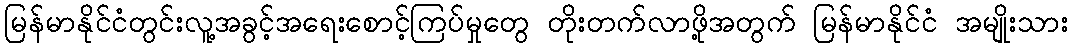
မြန်မာနိုင်ငံတွင်းလူ့အခွင့်အရေးစောင့်ကြပ်မှုတွေ တိုးတက်လာဖို့အတွက် မြန်မာနိုင်ငံ အမျိုးသား